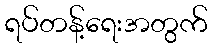
ရပ်တန့်ရေးအတွက်